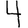
Digit: 4